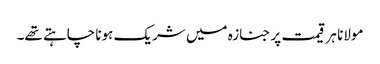
مولانا ہر قیمت پر جنازہ میں شریک ہونا چاہتے تھے۔